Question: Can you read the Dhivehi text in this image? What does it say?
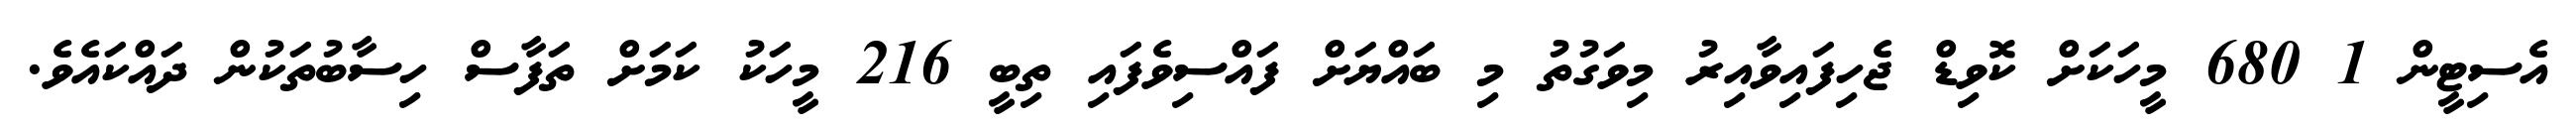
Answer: އެސިޓީން 1 680 މީހަކަށް ކޮވިޑް ޖެހިފައިވާއިރު މިވަގުތު މި ބައްޔަށް ފައްސިވެފައި ތިބީ 216 މީހަކު ކަމަށް ތަފާސް ހިސާބުތަކުން ދައްކައެވެ.